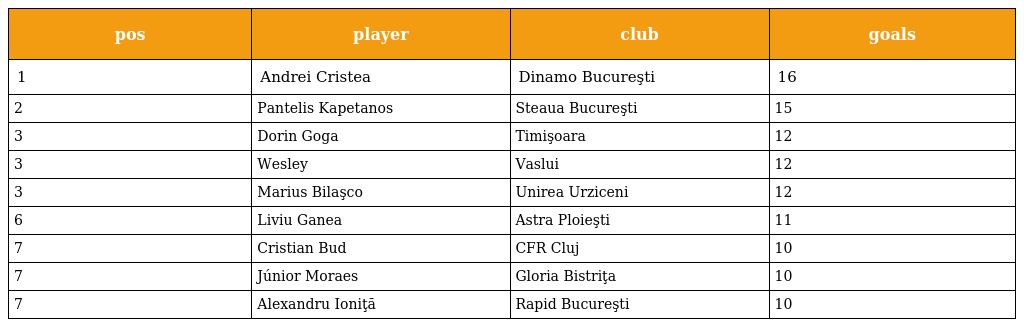
| pos | player | club | goals |
 | --- | --- | --- | --- |
 | 1 | Andrei Cristea | Dinamo Bucureşti | 16 |
 | 2 | Pantelis Kapetanos | Steaua Bucureşti | 15 |
 | 3 | Dorin Goga | Timişoara | 12 |
 | 3 | Wesley | Vaslui | 12 |
 | 3 | Marius Bilaşco | Unirea Urziceni | 12 |
 | 6 | Liviu Ganea | Astra Ploieşti | 11 |
 | 7 | Cristian Bud | CFR Cluj | 10 |
 | 7 | Júnior Moraes | Gloria Bistriţa | 10 |
 | 7 | Alexandru Ioniţă | Rapid Bucureşti | 10 |